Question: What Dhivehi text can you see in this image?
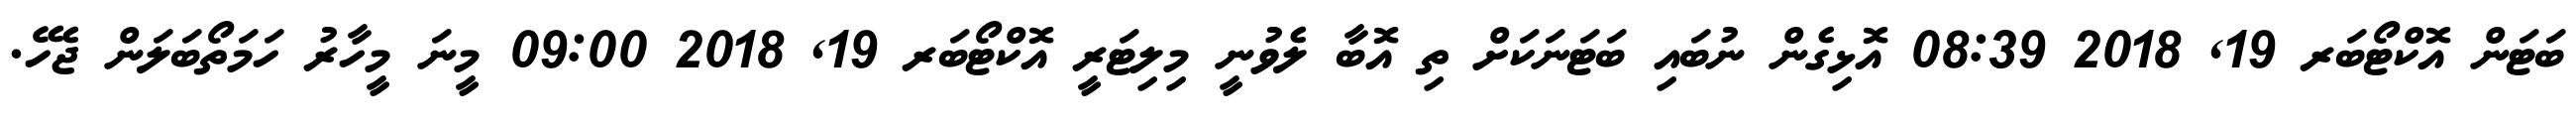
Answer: ބަޓަން އޮކްޓޯބަރ 19, 2018 08:39 އޮޅިގެން ނުބައި ބަޓަނަކަށް ތި އޮބާ ލެވުނީ މިލިޓަރީ އޮކްޓޯބަރ 19, 2018 09:00 މީނަ މީހާރު ހަމަތޯބަލަން ޖެހޭ.